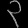
Digit: ၃